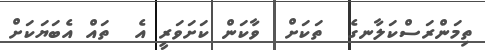
ތިމަންރަސްކަލާނގެ  ތަކަށް  ވާކަން ކަށަވަރީ އެ  ތައް އެބަޔަކަށް